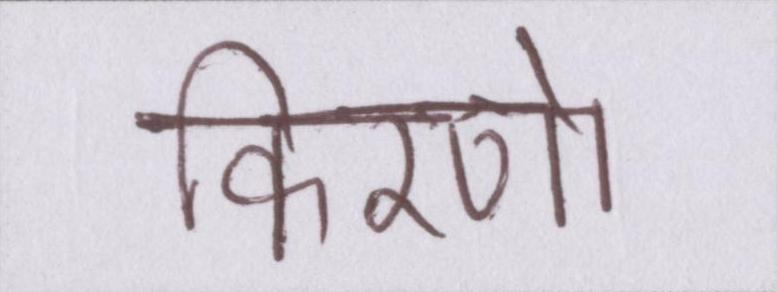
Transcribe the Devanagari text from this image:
किरणो